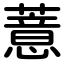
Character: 薏